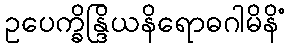
ဥပေက္ခိန္ဒြိယနိရောဓဂါမိနိံ